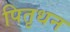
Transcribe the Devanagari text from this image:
पितृधन